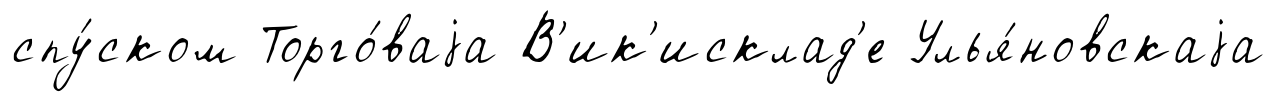
спу́ском Торго́ваjа В'ик'исклад'е Улья́новскаjа